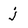
Character: j